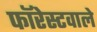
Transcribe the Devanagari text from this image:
फॉरेस्टवाले